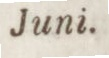
Juni.